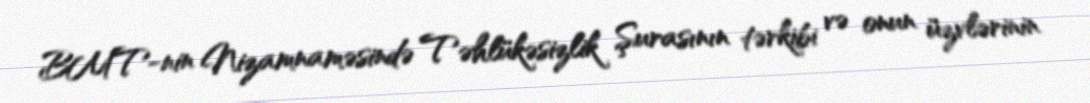
BMT-nin Nizamnaməsində Təhlükəsizlik Şurasının tərkibi və onun üzvlərinin